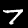
Label: 7